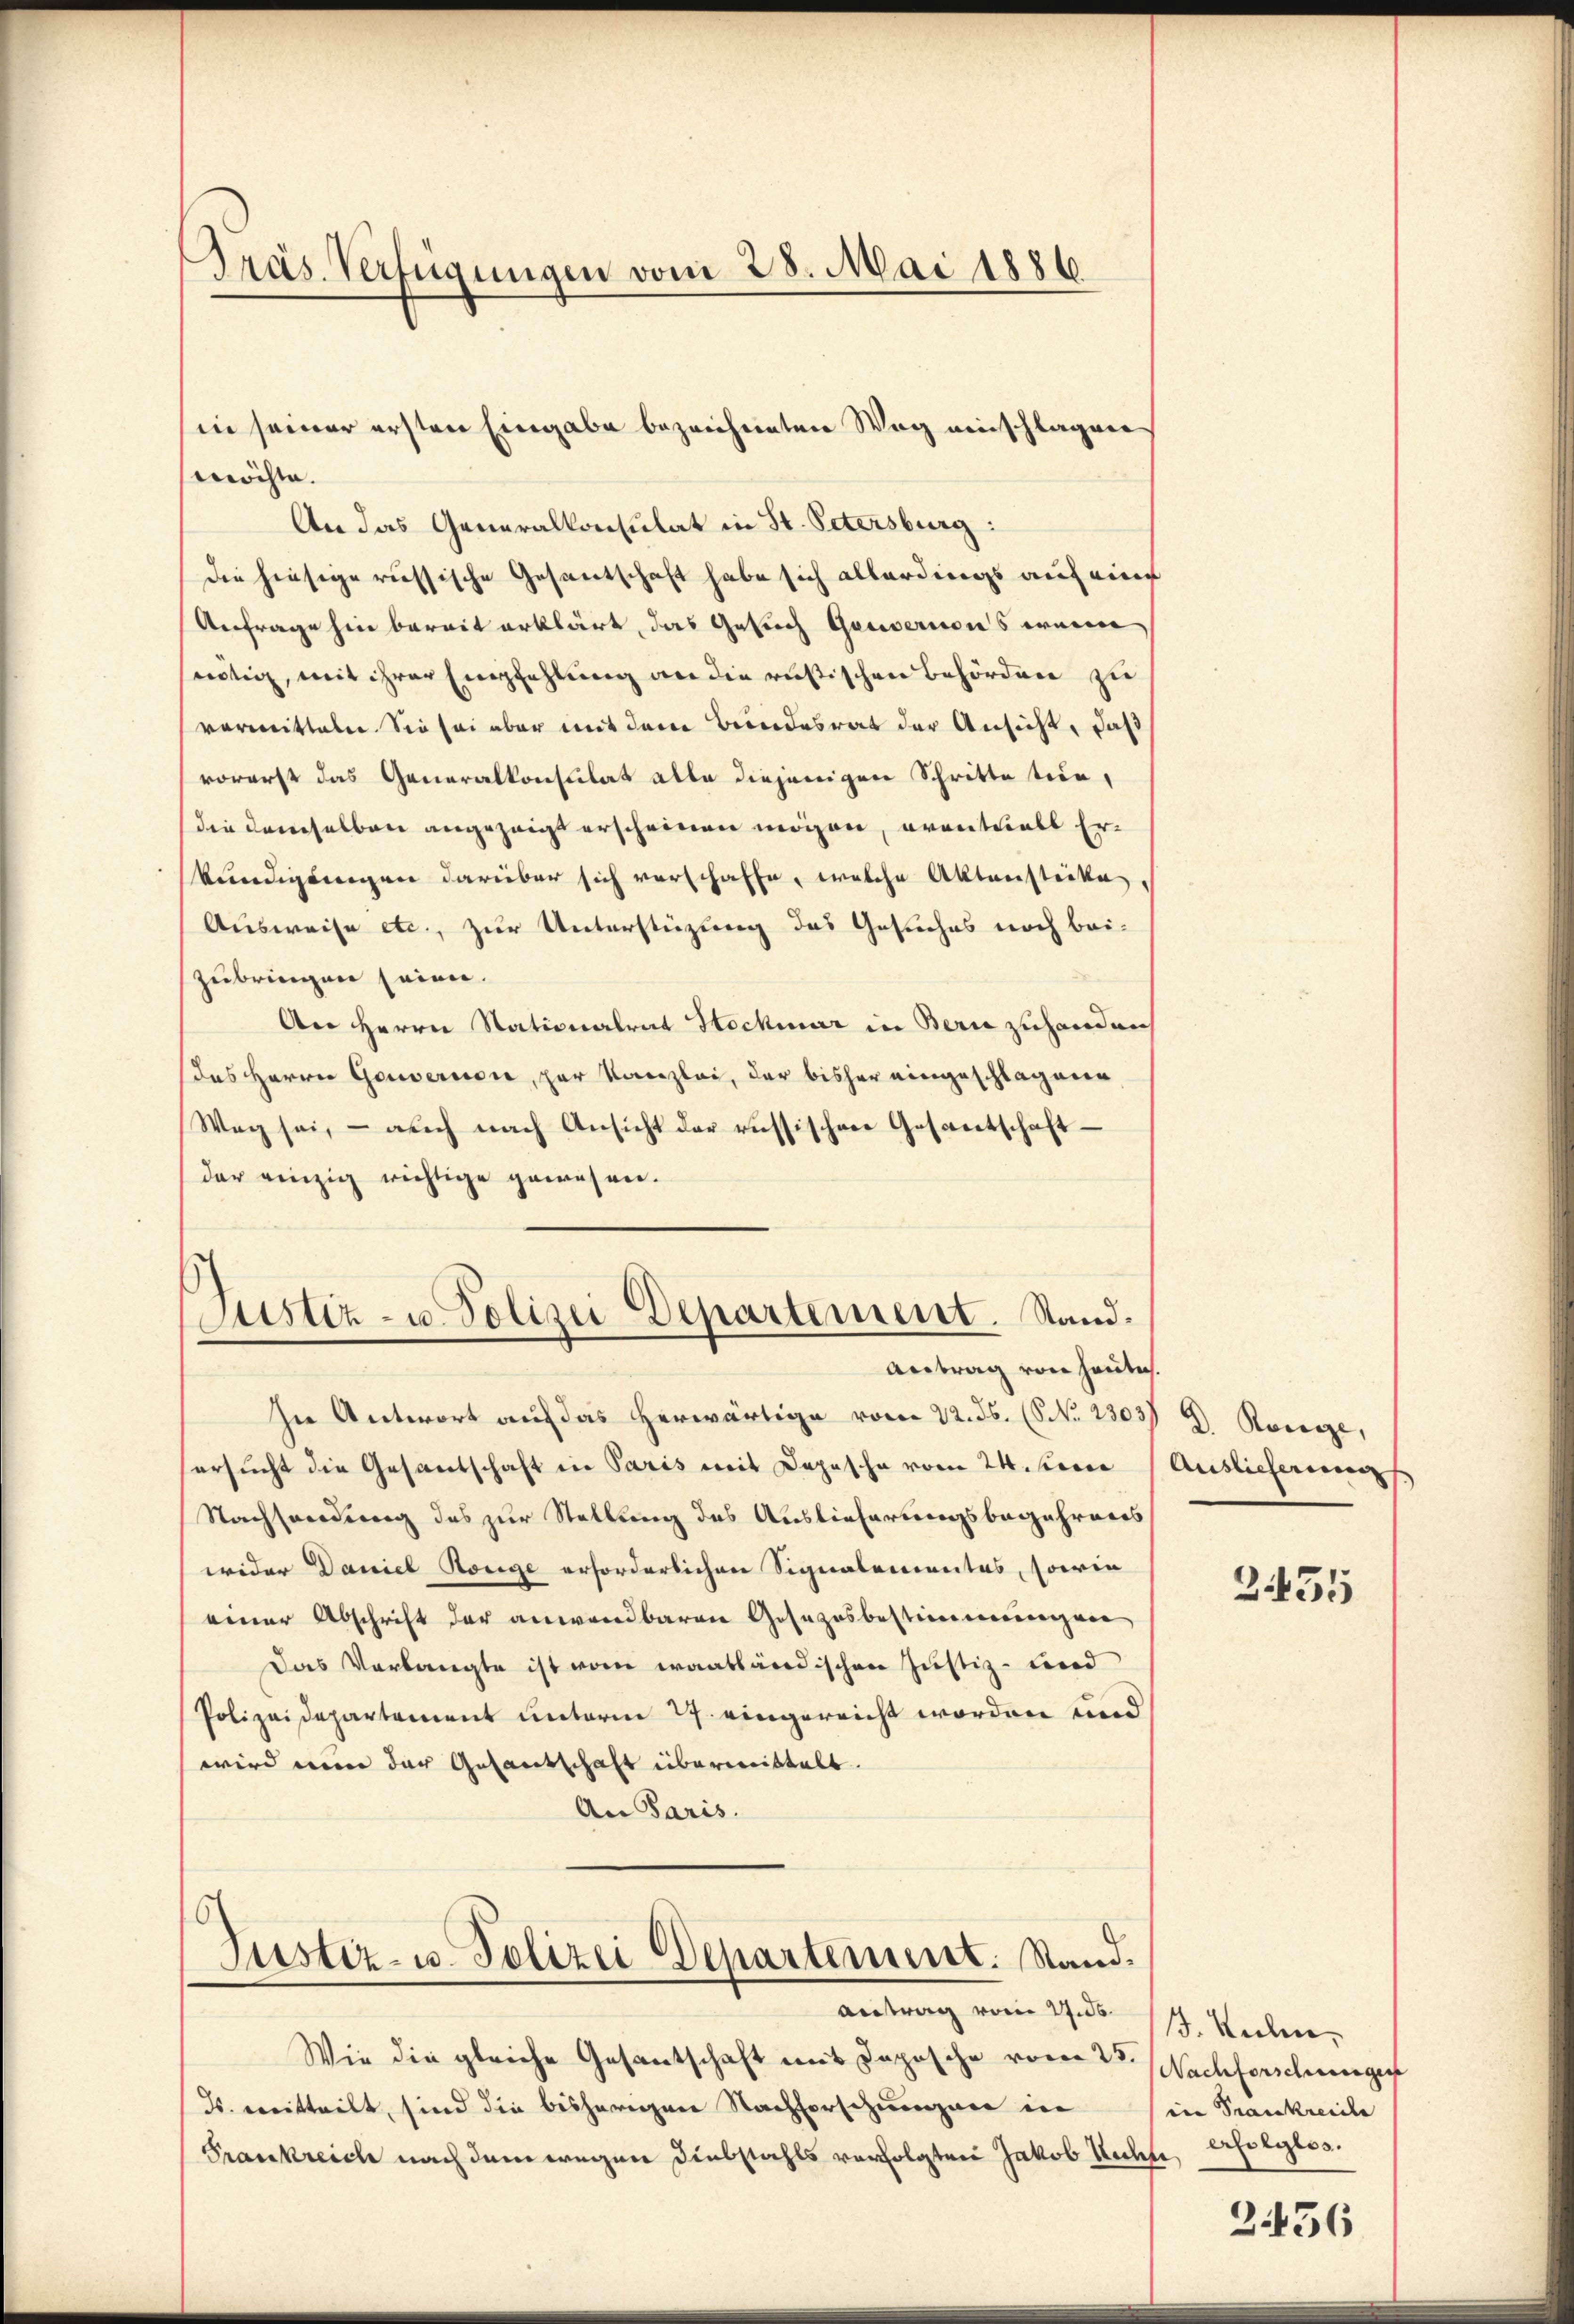
Präs. Verfügungen vom 28. Mai 1886

möchte.
An das Generalkonsulat in St. Petersburg:
die hiesige russische Gesantschaft habe sich allerdings auf eine
Anfrage hin bereit erklärt, das Gesuch Gouvernons wenn
snötig, mit ihrer Empfehlung an die rusischen Behörden zu
vormitteln. Sie sei aber mit dem Bundesrat der Ansicht, daß
vorerst das Generalkonsulat alle diejenigen Schritte sein,
die demselben angezeigt erscheinen mögen, eventials Erkündigungen darüber sich verschaffe, welche Aktenstücke
Ausweise etc., zur Unterstüzung des Gesuches noch beizubringen seien.
An Herrn Stationalrat Hochmar in Bern zuhanden
das Herrn Gouvernere, zur Kanzlei, der bisher eingeschlagenen
Weg sei, - auch nach Ansicht der russischen Gesandschaft
der einzig richtige gewesen.
Justiz- u. Polizei Departement. Stand.
Antrag von heute.
In Antwort auf das herwärtige vom 22. ds. (NNNo. 2303)
ersucht die Gesandschaft in Paris mit Depesche vom 24. Ferie
Nachsendung des zur Stellung des Auslieferungsbegehrens
wider Daniel Honige erforderlichen Signalementes, sowie
einer Abschrift der anwendbaren Gesezesbestimmungen
Das Verlangte ist vom waatländischen Justiz- Lind
Polizeidepartement unterm 29. eingereicht worden und
wird nun der Gesantschaft übermittelt.
An Paris.
Justiz- u. Polizei Departement. Stand.
Antrag vom 27. ds.
Wie die gleiche Gesantschaft mit Dopische vom 25.
ds. mitteilt, sind die bisherigen Nachforschungen in
Frankreich nach dem wegen Diebstahls verfolgten Jakob Rechte, erfolglos.

sin seiner ersten Eingabe bezeichneten Weg einschlagen

D. Könige,
Auslieferungs

2455

J. Kuhn
Nachforschungen
in Trankreiche

2456